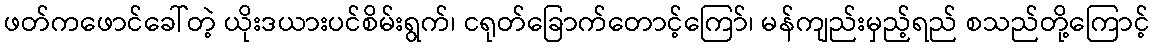
ဖတ်ကဖောင်ခေါ်တဲ့ ယိုးဒယားပင်စိမ်းရွက်၊ ငရုတ်ခြောက်တောင့်ကြော်၊ မန်ကျည်းမှည့်ရည် စသည်တို့ကြောင့်